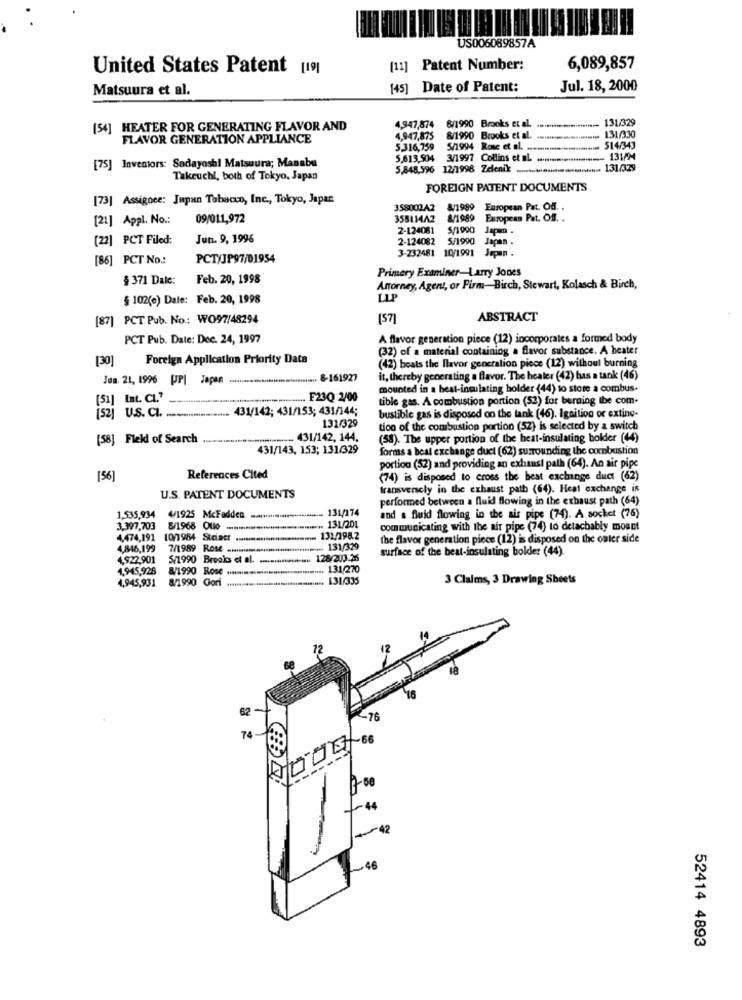
US006089857A
United States Patent [19]
[11] Patent Number:
6,089,857
Matsuura et al.
[45] Date of Patent:
Jul. 18, 2000
131/329
(54] HEATER FOR GENERATING FLAVOR AND
4,947,874
6/1990 Brooks et al.
FLAVOR GENERATION APPLIANCE
4,947,875
8/1990 Brooks et al. .....
131/330
5.316,759
5/1994 Rose et al. -----
514/343
[75] Investors: Sadayoshi Matsuura; Manabu
5,613,504 3/1997 Collins et al .......
131/1
5,848,596 12/1998 Zelenik ......................... 131/329
Takeuchi, both of Tokyo, Japan
FOREIGN PATENT DOCUMENTS
[73] Assignee: Japan Tobacco, Inc ., Tokyo, Japan
358002A2 8/1989
European Pat. Of ..
[21] Appl. No .:
09/011,972
35811442
8/1989 European Pat. Of. .
2-124081
$/1990 Japm .
[22] PCT Filed:
Jun. 9, 1996
2-124082 5/1990 Japan .
3-232481 10/1991 Japan .
[86] PCT No:
PCT/JP97/01954
Primery Examiner-Larry Jones
$ 371 Dale:
Feb. 20, 1998
Antorney, Agent, or Firm-Birch, Stewart, Kolasch & Birch,
§ 102(e) Dale: Feb. 20, 1998
LLP
[87] PCT Pub. No .: WO97/48294
ABSTRACT
PCT Pub. Date: Dec. 24, 1997
A flavor generation piece (12) incorporates a formed body
(32) of a material containing a flavor substance. A heater
[30)
Foreign Application Priority Data
(42) boats the llavor generation piece (12) without burning
Jea. 21, 1996 PPI Japan ................................ 8-161927
it, thereby generating a flavor. The healer (42) has a tank (46)
mounted in a beat-insulating holder (44) to store a combus.
[51] [nt. CL."
F23Q 2/00
tible gas. A combustion portion (52) for berning tbe com-
(52] U.S. CL. ................. 431/142; 431/153; 431/144;
bustible gas is disposed on the tank (46). Ignition or exting-
131/329
tion of the combustion portion (52) is selected by a switch
[58] Field of Search
.................. 431/142, 144.
(58). The upper portion of the heat-insulating bolder (44)
431/143, 153; 131/329
forms a beat exchange duel (62) surrounding the combustion
portion (52) and providing an exhaust path (64). An air pipe
(56)
References Cited
(74) is disposed to cross the heat exchange duct (62)
transversely in the exhaust path (64). Heat exchange is
U.S. PATENT DOCUMENTS
performed between a fluid flowing in the exhaust path (64)
131/174
1,535,934
4/1925 McFadden
and a fluid flowing in the ais pipe (74). A socket (76)
3,397,703
8/1968 OU ......................... 131/201
131/201
communicating with the air pipe (74) to detachably mount
4,474,191 10/1984 Sta.cr ...........................
131/1982
the flavor generation piece (12) is disposed on the outer side
4,846,199
7/1989 Ros ..............
.... 131/329
surface of the beat-insulating bolder (44).
4,922,901
5/1990 Brooks et al. .............
128/203-26
1,945,928
8/1990 Rox .............................
131/270
4,945,931
8/1990 Cori
131/335
3 Claims, 3 Drawing Sheets
62
-76
74
52414 4893